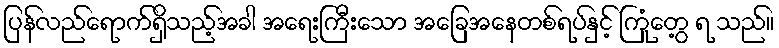
ပြန်လည်ရောက်ရှိသည့်အခါ အရေးကြီးသော အခြေအနေတစ်ရပ်နှင့် ကြုံတွေ့ ရ သည်။